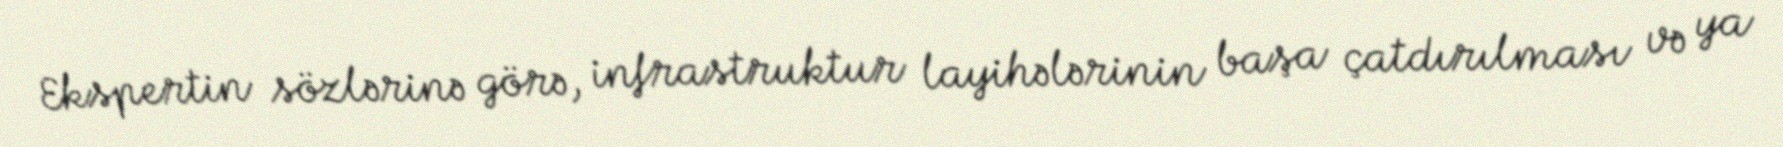
Ekspertin sözlərinə görə, infrastruktur layihələrinin başa çatdırılması və ya